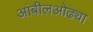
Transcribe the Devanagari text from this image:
आंबीलओढ्या